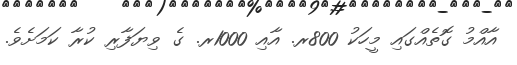
އާއްމު ގޮތެއްގައި މީހަކު 800ރ. އާއި 1000ރ. ގެ ވިޔަފާރި ކުރާ ކަމަށެވެ.